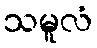
သမူလံ